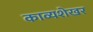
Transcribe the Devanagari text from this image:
काव्यशेखर